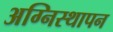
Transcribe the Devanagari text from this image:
अग्निस्थापन